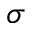
\sigma